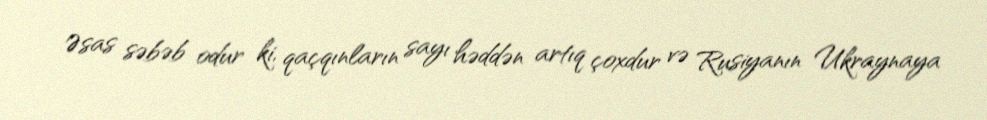
Əsas səbəb odur ki, qaçqınların sayı həddən artıq çoxdur və Rusiyanın Ukraynaya